Annual report of lunatic asylums [Bombay] - 1912-1922
Year: 1912
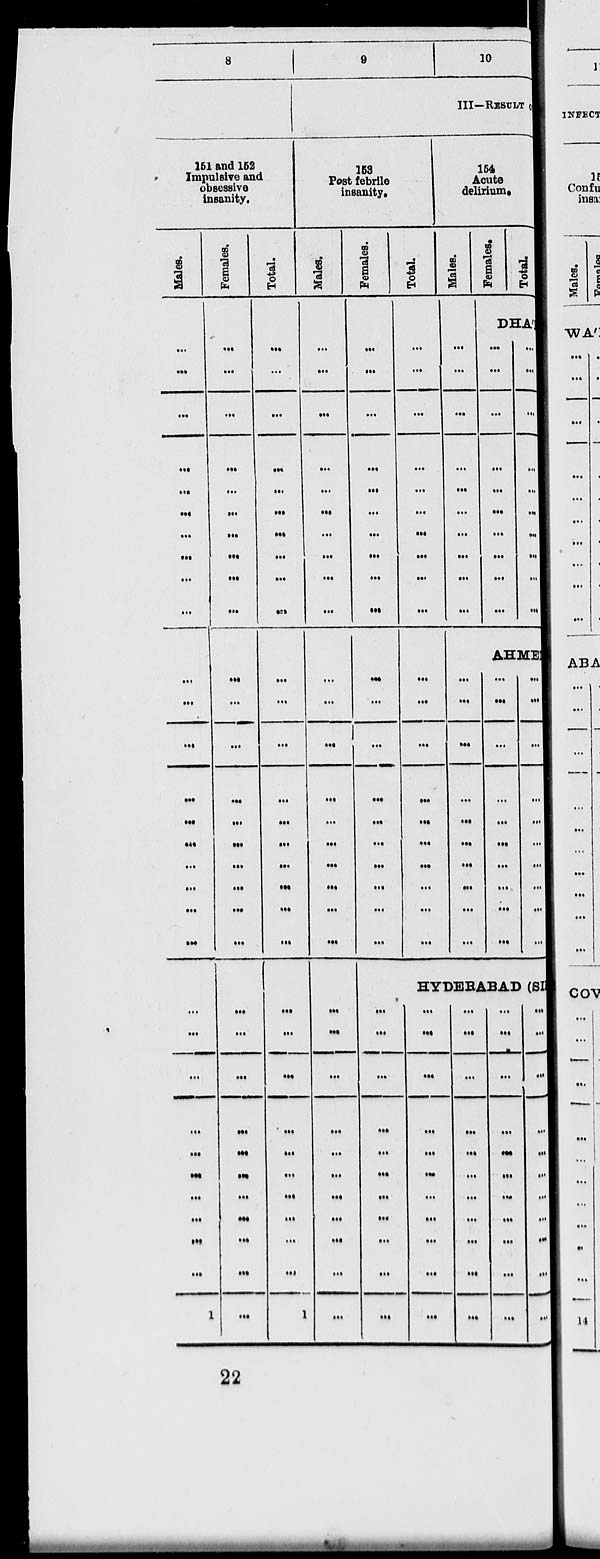
8
151 and 152
Impulsive and
obsessive
insanity.
Males.
...
...
...
...
...
...
...
...
...
...
...
...
...
...
...
...
...
...
...
...
...
...
...
...
...
...
...
...
...
...
...
1
Females.
...
...
...
...
...
...
...
...
...
...
...
...
...
...
...
...
...
...
...
...
...
...
...
...
...
...
...
...
...
...
...
...
Total.
...
...
...
...
...
...
...
...
...
...
...
...
...
...
...
...
...
...
...
...
...
...
...
...
...
...
...
...
...
...
...
1
9
10
III—RESULT
153
Post febrile
insanity.
Males.
...
...
...
...
...
...
...
...
...
...
...
...
...
...
...
...
...
...
...
...
...
...
...
...
...
...
...
...
...
...
...
...
Females.
...
...
...
...
...
...
...
...
...
...
...
...
...
...
...
...
...
...
...
...
...
Total.
...
...
...
...
...
...
...
...
...
...
...
...
...
...
...
...
...
...
...
...
...
154
Acute
delirium.
Males.
...
...
...
...
...
...
...
...
...
...
...
Females.
Total.
DHA'
...
...
...
...
...
...
...
...
...
...
...
...
...
...
...
...
...
...
...
...
...
...
AHMED
...
...
...
...
...
...
...
...
...
...
...
...
...
...
...
...
...
...
...
...
...
...
...
...
...
...
...
...
...
...
HYDERABAD (SIR
...
...
...
...
...
...
...
...
...
...
...
...
...
...
...
...
...
...
...
...
...
...
...
...
...
...
...
...
...
...
...
...
...
...
...
...
...
...
...
...
...
...
...
...
...
...
...
...
...
...
...
...
...
...
...
22